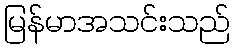
မြန်မာအသင်းသည်